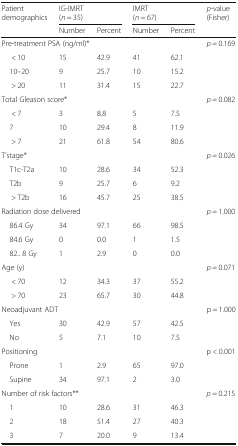
<table><thead><tr><td rowspan="2"><b>Patient demographics</b></td><td colspan="2"><b>IG-IMRT(<i>n</i> = 35)</b></td><td colspan="2"><b>IMRT(<i>n</i> = 67)</b></td><td rowspan="2"><b><i>p</i>-value(Fisher)</b></td></tr><tr><td><b>Number</b></td><td><b>Percent</b></td><td><b>Number</b></td><td><b>Percent</b></td></tr></thead><tbody><tr><td colspan="5">Pre-treatment PSA (ng/ml)*</td><td rowspan="4"><i>p</i> = 0.169</td></tr><tr><td>&lt; 10</td><td>15</td><td>42.9</td><td>41</td><td>62.1</td></tr><tr><td> 10–20</td><td>9</td><td>25.7</td><td>10</td><td>15.2</td></tr><tr><td>&gt; 20</td><td>11</td><td>31.4</td><td>15</td><td>22.7</td></tr><tr><td colspan="5">Total Gleason score*</td><td rowspan="4"><i>p</i> = 0.082</td></tr><tr><td>&lt; 7</td><td>3</td><td>8.8</td><td>5</td><td>7.5</td></tr><tr><td> 7</td><td>10</td><td>29.4</td><td>8</td><td>11.9</td></tr><tr><td>&gt; 7</td><td>21</td><td>61.8</td><td>54</td><td>80.6</td></tr><tr><td colspan="5">T’stage*</td><td rowspan="4"><i>p</i> = 0.026</td></tr><tr><td> T1c-T2a</td><td>10</td><td>28.6</td><td>34</td><td>52.3</td></tr><tr><td> T2b</td><td>9</td><td>25.7</td><td>6</td><td>9.2</td></tr><tr><td>&gt; T2b</td><td>16</td><td>45.7</td><td>25</td><td>38.5</td></tr><tr><td colspan="5">Radiation dose delivered</td><td rowspan="4"><i>p</i> = 1.000</td></tr><tr><td> 86.4 Gy</td><td>34</td><td>97.1</td><td>66</td><td>98.5</td></tr><tr><td> 84.6 Gy</td><td>0</td><td>0.0</td><td>1</td><td>1.5</td></tr><tr><td> 82.. 8 Gy</td><td>1</td><td>2.9</td><td>0</td><td>0.0</td></tr><tr><td colspan="5">Age (y)</td><td rowspan="3"><i>p</i> = 0.071</td></tr><tr><td>&lt; 70</td><td>12</td><td>34.3</td><td>37</td><td>55.2</td></tr><tr><td>&gt; 70</td><td>23</td><td>65.7</td><td>30</td><td>44.8</td></tr><tr><td colspan="5">Neoadjuvant ADT</td><td rowspan="3">p = 1.000</td></tr><tr><td> Yes</td><td>30</td><td>42.9</td><td>57</td><td>42.5</td></tr><tr><td> No</td><td>5</td><td>7.1</td><td>10</td><td>7.5</td></tr><tr><td colspan="5">Positioning</td><td rowspan="3">p &lt; 0.001</td></tr><tr><td> Prone</td><td>1</td><td>2.9</td><td>65</td><td>97.0</td></tr><tr><td> Supine</td><td>34</td><td>97.1</td><td>2</td><td>3.0</td></tr><tr><td colspan="5">Number of risk factors**</td><td rowspan="4"><i>p</i> = 0.215</td></tr><tr><td> 1</td><td>10</td><td>28.6</td><td>31</td><td>46.3</td></tr><tr><td> 2</td><td>18</td><td>51.4</td><td>27</td><td>40.3</td></tr><tr><td> 3</td><td>7</td><td>20.0</td><td>9</td><td>13.4</td></tr></tbody></table>